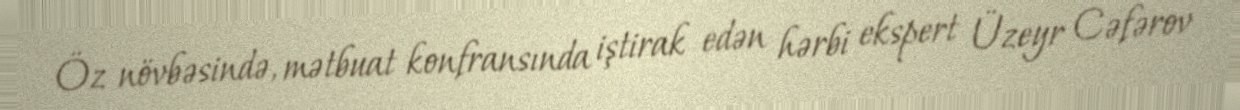
Öz növbəsində, mətbuat konfransında iştirak edən hərbi ekspert Üzeyr Cəfərov